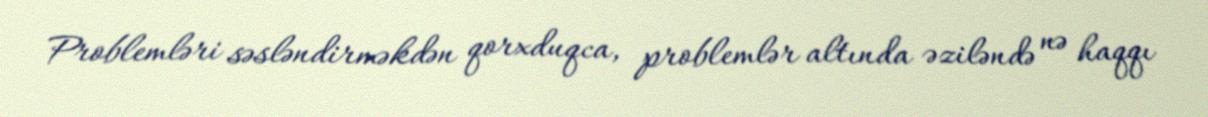
Problemləri səsləndirməkdən qorxduqca, problemlər altında əziləndə nə haqqı